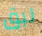
لبق